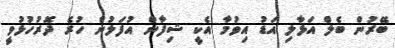
ބޭރުން ބެލް އަޅާލި އަޑު އިވުމާ އެކީ ޝިފާން އުފަލުން ހުރެ ދޮރުހުޅުވީ